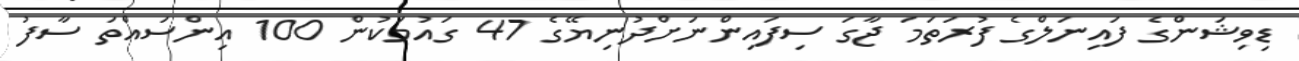
ޑިވިޝަންގެ ފައިނަލްގެ ފުރަތަމަ ޖާގަ ސިފައިންނަށްދުނިޔޭގެ 47 ގައުމަކުން 100 އިންސައްތަ ސާފު